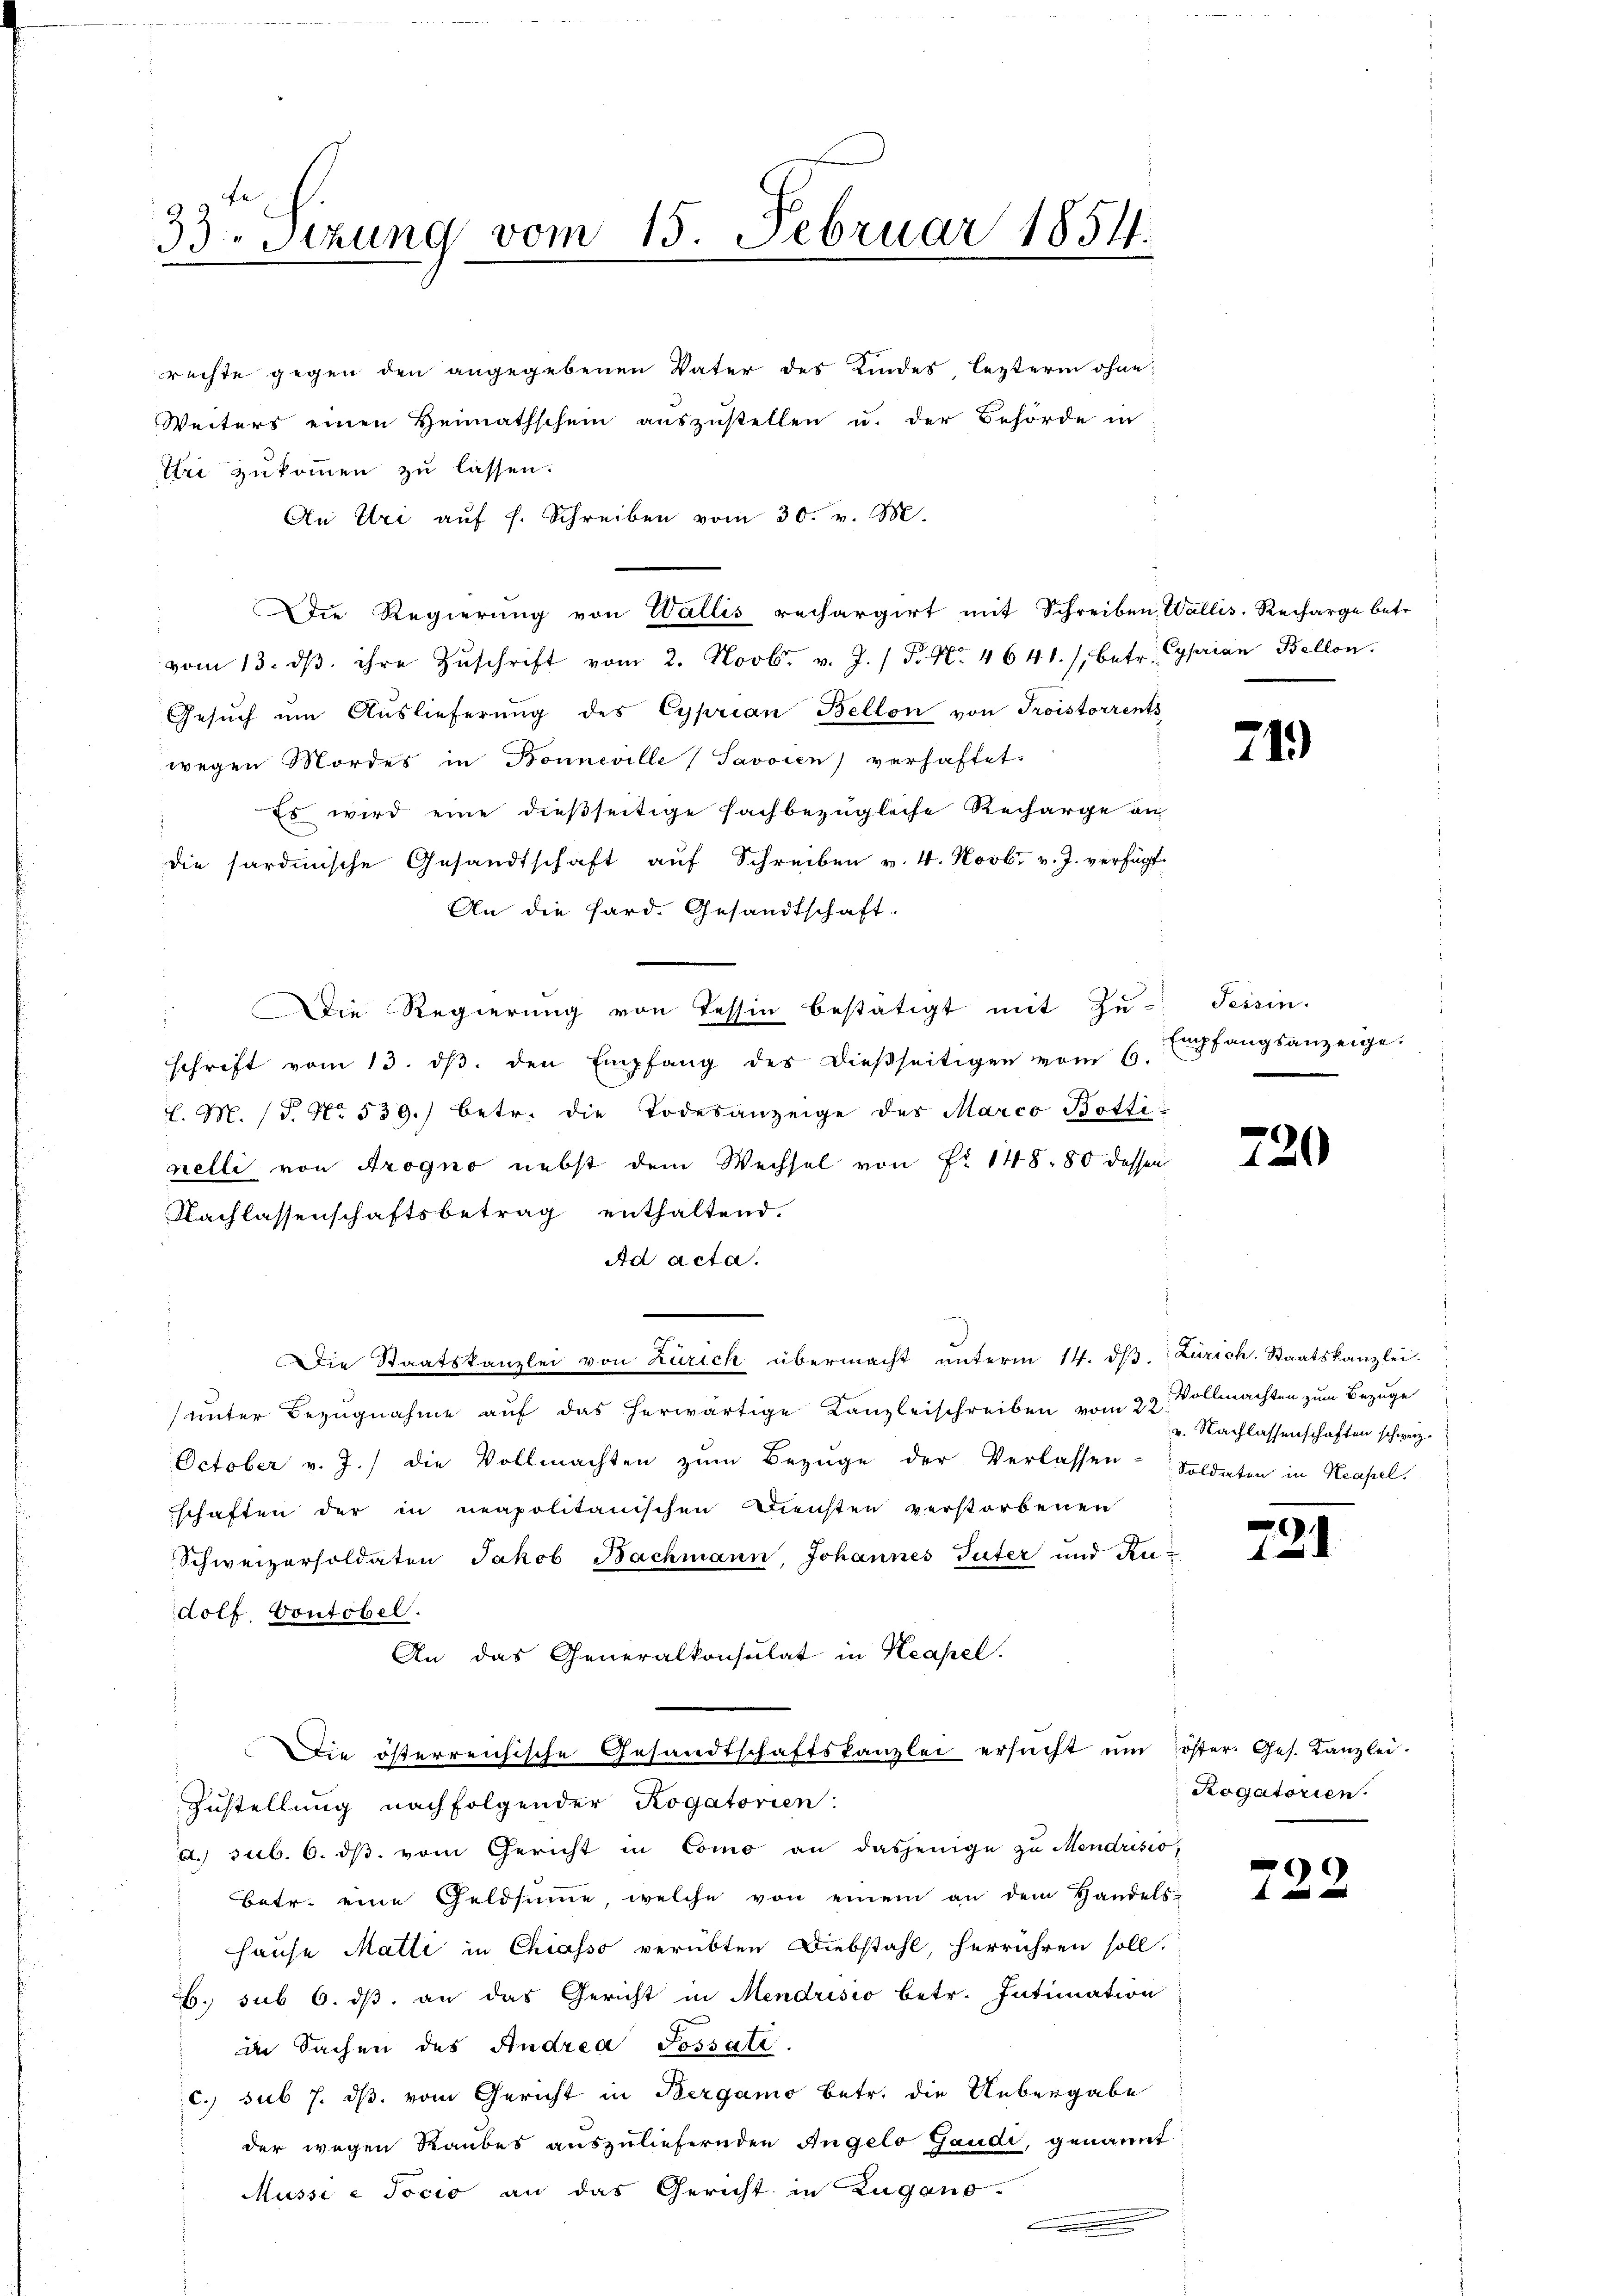
33Stzung vom 15. Februar 1854.

thri zukommen zu lassen:
An Uri aŭf f. Schreiben vom 30. v. M.
Die Regierung von Wallis rechargirt mit Schreiben Wallis, Recharge betr.
vom 13. dβ. ihre Zŭschrift vom 2. Novbr. v. J. / P. Nr. 4641. /, betr. Cyprian Bellon.
Gesŭch ŭm Aŭslieferŭng des Cyprian Bellon von Troistorrents
wegen Mordes in Bonneville Savoien) verhaftet.
Es wird eine dießseitige fachbezügliche Recharge an
die sardinische Gesandtschaft aŭf Schreiben v. 4. Novbr v. J. verfügt.
An die Hard. Gesandtschaft.
Die Regierung von Tessin bestätigt mit Zu-
schrift vom 13. dβ. den Empfang des dieβseitigen vom 6. Empfangsanzeige.
l. M. (T. No. 539.) betr. die Todesanzeige des Marco Bottinelli von Arogno nebst dem Wechsel von Nr 148. 80 dessen
Nachlassenschaftsbetrag enthaltend.
Ad acta.
Die Staatskanzlei von Zürich übermacht ŭnterm 14. d. Zürich. Staatskanzlei-
 unter Bezugnahme auf das herwärtige Kanzleischreiben vom 22. Vollmachten zum Bezuge
October v. J.) die Vollmachten zŭm Bezüge der Verlassen-Soldaten in Reapel.
schaften der in neapolitanischen Diensten verstorbenen
Schweizersoldaten Jakob Bachmann Johannes Tuter und Rudolf, Contobel.
An das Generalkonsulat in Neapel.
Die österreichische Gesandtschaftskanzlei ersŭcht ŭm öster. Ges. Kanzlei.
Zustellung nachfolgender Rogatorien:
a. sub. 6. dβ vom Gericht in Como an dasjenige zu Mendrisio
Betr. eine Geldsinne, welche von einem an dem Handels-
Hause Matti in Chiasso verübten Diebstahl, herrühren soll.
. sub 6. dβ an das Gericht in Mendrisio betr. Intimation
in Sachen des Andrea Sossati.
c. sub 7. ds. vom Gericht in Bergamo betr. die Uebergabe
der wegen Raubes auszuliefernden Angelo Gaudi, genannt
Müssi e Socio an das Gericht in Zugano-

rechte gegen den angegebenen Vater des Kindes, lezterm ohne
Weiters einen Heimathschein aŭszŭstellen u. der Behörde in

v. Nachlassenschaften schweiz.

71.)

Tessin.

720

721

Rogatorien.

)